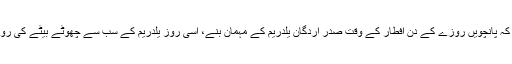
دلچسپ بات یہ ہے کہ پانچویں روزے کے دن افطار کے وقت صدر اردگان یلدریم کے مہمان بنے، اسی روز یلدریم کے سب سے چھوٹے بیٹے کی روزہ کشائی بھی تھی۔